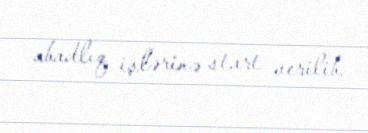
abadlıq işlərinə start verilib.